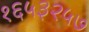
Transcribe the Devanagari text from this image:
१६५३२५७